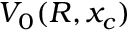
V _ { 0 } ( R , x _ { c } )